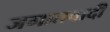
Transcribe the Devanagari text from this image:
जमातवादी